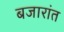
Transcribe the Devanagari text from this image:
बजारांत